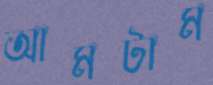
আমটাম